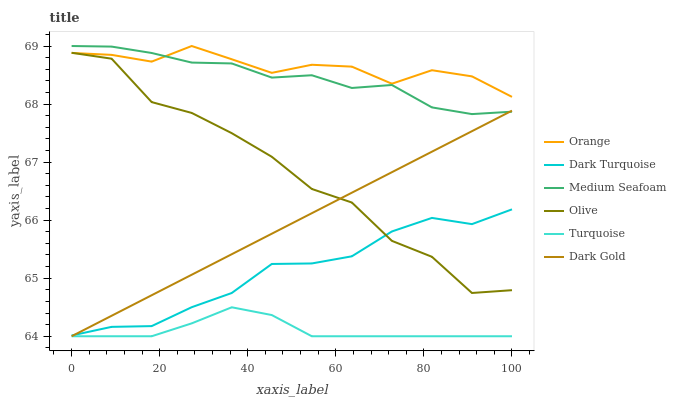
| xaxis_label | Orange | Dark Turquoise | Medium Seafoam | Olive | Turquoise | Dark Gold |
 | --- | --- | --- | --- | --- | --- | --- |
 | 0 | 68.9 | 64 | 69 | 68.9 | 64 | 64 |
 | 9.09 | 68.8 | 64.2 | 69 | 68.8 | 64 | 64.4 |
 | 18.2 | 68.7 | 64.2 | 68.9 | 68 | 64 | 64.7 |
 | 27.3 | 69 | 64.5 | 68.7 | 67.8 | 64.2 | 65.1 |
 | 36.4 | 68.8 | 64.7 | 68.7 | 67.5 | 64.5 | 65.4 |
 | 45.5 | 68.5 | 65.2 | 68.5 | 67.1 | 64.4 | 65.8 |
 | 54.5 | 68.7 | 65.3 | 68.5 | 66.5 | 64 | 66.1 |
 | 63.6 | 68.6 | 65.4 | 68.3 | 66.3 | 64 | 66.5 |
 | 72.7 | 68.4 | 65.8 | 68.3 | 65.6 | 64 | 66.8 |
 | 81.8 | 68.6 | 66 | 67.9 | 65.4 | 64 | 67.2 |
 | 90.9 | 68.5 | 65.9 | 67.8 | 64.7 | 64 | 67.5 |
 | 100 | 68.1 | 66.2 | 67.9 | 64.8 | 64 | 67.9 |